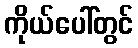
ကိုယ်ပေါ်တွင်